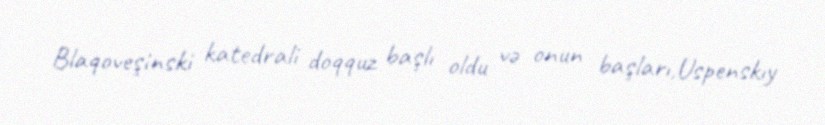
Blaqoveşinski katedrali doqquz başlı oldu və onun başları,Uspenskıy